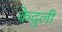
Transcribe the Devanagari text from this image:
केदुली